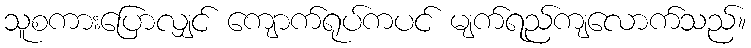
သူစကားပြောလျှင် ကျောက်ရုပ်ကပင် မျက်ရည်ကျလောက်သည်။